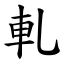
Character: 軋